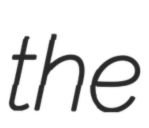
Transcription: the